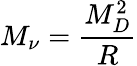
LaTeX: M_{\nu}=\frac{M_{D}^{2}}{R}